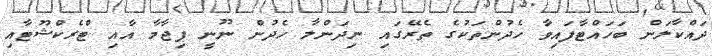
ދައްކާލަން ބަހައްޓާފައިވާ ހެދުންތަކުގެ ތެރޭގައި ނިދަންލާ ހެދުން ނޫނީ ޕިޖާމާ އާއި ޓްރެކްޝޫޓާއި